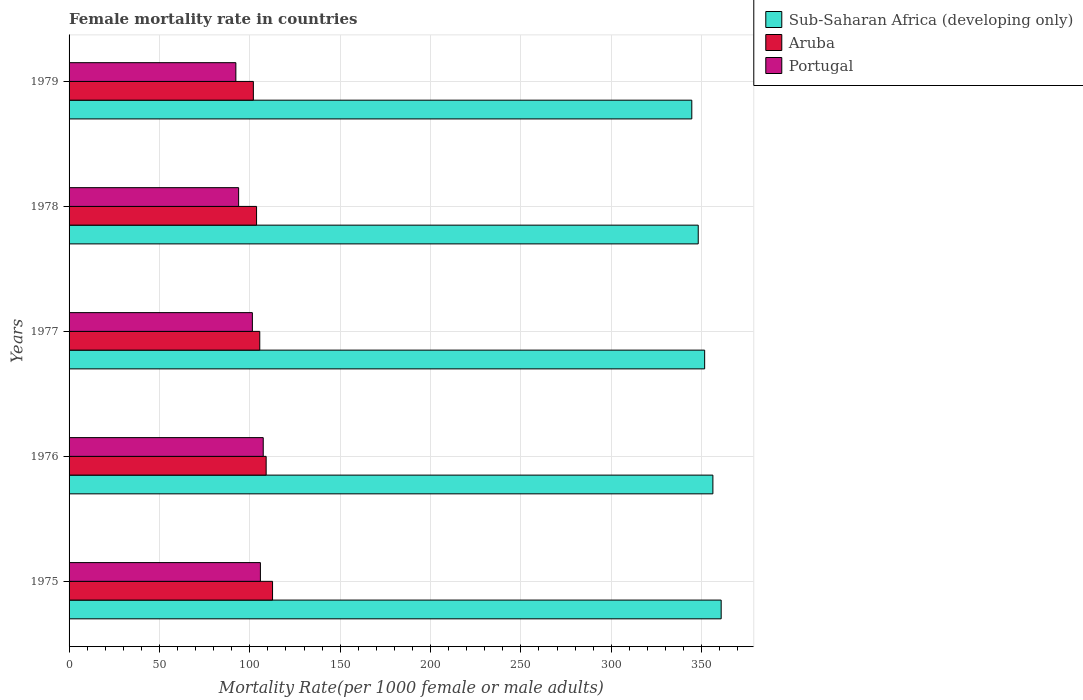
| Years | Sub-Saharan Africa (developing only) | Aruba | Portugal |
 | --- | --- | --- | --- |
 | 1975 | 361 | 113 | 106 |
 | 1976 | 356 | 109 | 107 |
 | 1977 | 352 | 106 | 101 |
 | 1978 | 348 | 104 | 93.8 |
 | 1979 | 345 | 102 | 92.3 |